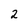
Character: 2